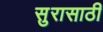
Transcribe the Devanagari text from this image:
सुरासाठी